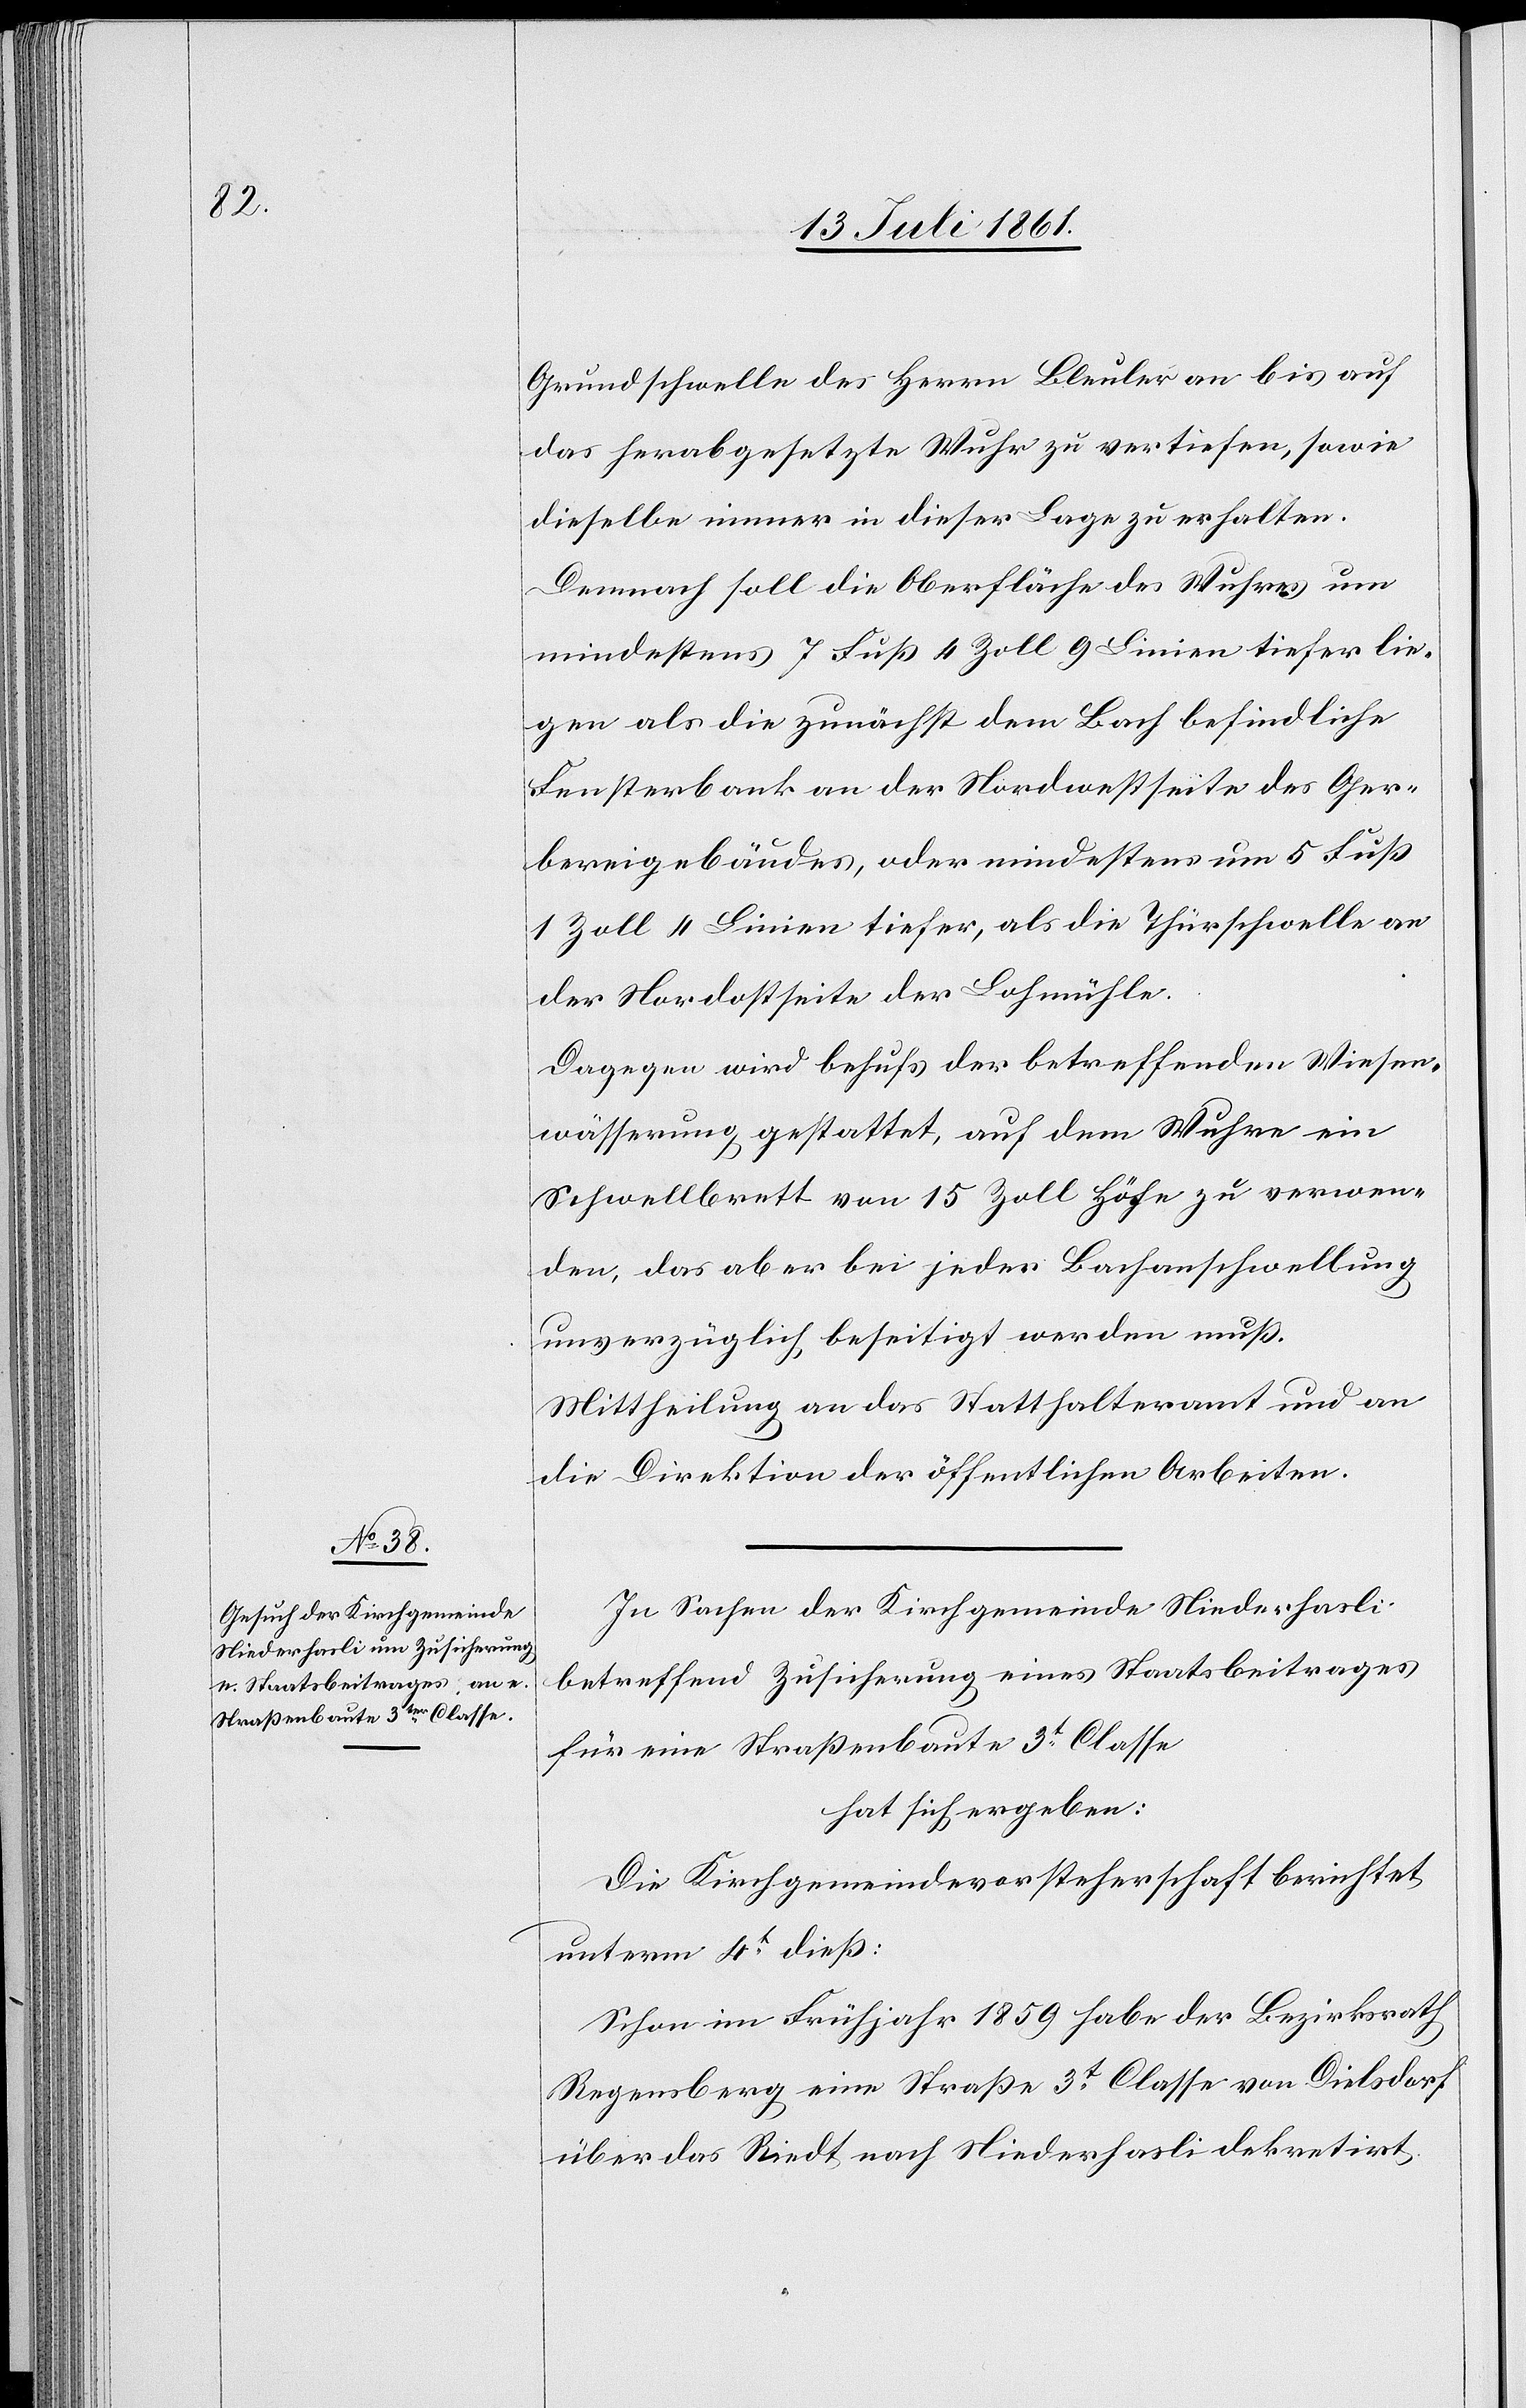
Grundschwelle des Herrn Bleuler an bis auf
das herabgesetzte Wuhr zu vertiefen, sowie
dieselbe immer in dieser Lage zu erhalten.
Demnach soll die Oberfläche des Wuhres um
mindestens 7 Fuß 4 Zoll 9 Linien tiefer lie¬
gen als die zunächst dem Bach befindliche
Fensterbank an der Nordwestseite des Ger¬
bereigebäudes, oder mindestens um 5 Fuß
1 Zoll 4 Linien tiefer, als die Thürschwelle an
der Nordostseite der Lohmühle.
Dagegen wird behufs der betreffenden Wiesen¬
wässerung gestattet, auf dem Wuhre ein
Schwellbrett von 15 Zoll Höfe zu verwen¬
den, das aber bei jeder Bachanschwellung
unverzüglich, beseitigt werden muß.
Mittheilung an das Statthalteramt und an
die Direktion der öffentlichen Arbeiten.
In Sachen der Kirchgemeinde Niederhasli
betreffend Zusicherung eines Staatsbeitrages
für eine Straßenbaute 3t Classe.
hat sich ergeben:
Die Kirchgemeindevorsteherschaft berichtet
unterm 4t dieß:
Schon im Frühjahr 1859 habe der Bezirksrath
Regensberg eine Straße 3t Classe von Dielsdorf
über das Riedt nach Niederhasli dekretirt,